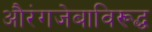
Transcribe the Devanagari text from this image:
औरंगजेबाविरूद्ध